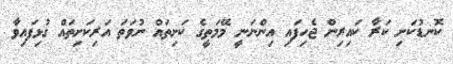
ކޮނޑުކަށި ކަރާ ކައިރިން ޖެހިފައި އިންނަނީ މޭމަތީގެ ކަށިތައް ނުވަތަ އަރިކަށިތައް ގުޅިފައިވާ